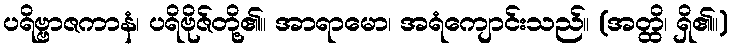
ပရိဗ္ဗာဇကာနံ၊ ပရိဗိုဇ်တို့၏။ အာရာမော၊ အရံကျောင်းသည်။ (အတ္ထိ၊ ရှိ၏။)